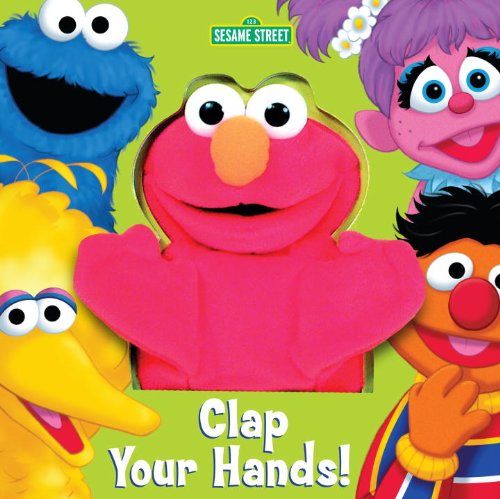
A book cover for Clap Your Hands! (Sesame Street) (Puppet Book); Children's Books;